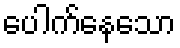
ပေါက်နေသော